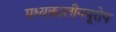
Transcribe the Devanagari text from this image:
मध्यकालीनयूरोप